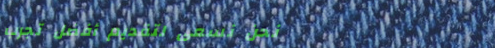
نحن نسعى لتقديم أفضل تجرب